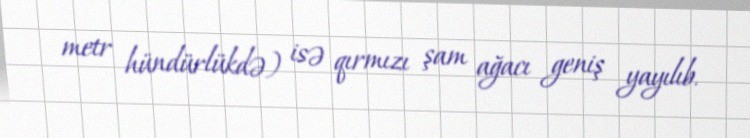
metr hündürlükdə) isə qırmızı şam ağacı geniş yayılıb.